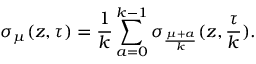
\sigma _ { \mu } ( z , \tau ) = \frac { 1 } { k } \sum _ { a = 0 } ^ { k - 1 } \sigma _ { \frac { \mu + a } { k } } ( z , \frac { \tau } { k } ) .